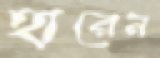
হারেন